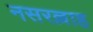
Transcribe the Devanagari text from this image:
नसरल्लाह